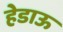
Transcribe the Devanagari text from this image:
हेडाऊ